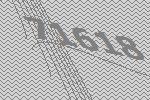
71618